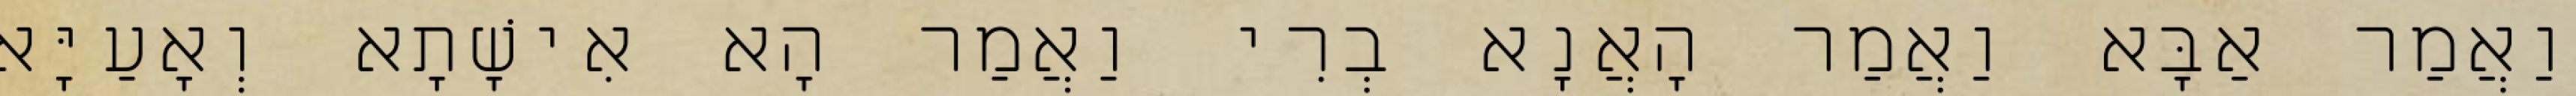
וַאֲמַר אַבָּא וַאֲמַר הָאֲנָא בְרִי וַאֲמַר הָא אִישָׁתָא וְאָעַיָּא